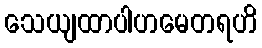
သေယျထာပါဟမေတရဟိ